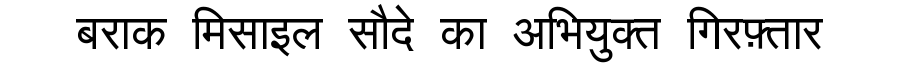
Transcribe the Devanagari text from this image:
बराक मिसाइल सौदे का अभियुक्त गिरफ़्तार